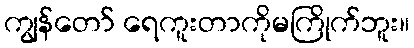
ကျွန်တော် ရေကူးတာကိုမကြိုက်ဘူး။